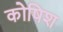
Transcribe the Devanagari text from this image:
कोषिश